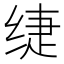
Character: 𰬡